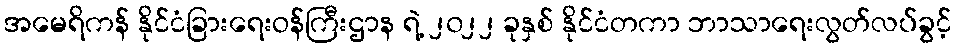
အမေရိကန် နိုင်ငံခြားရေးဝန်ကြီးဌာန ရဲ့ ၂၀၂၂ ခုနှစ် နိုင်ငံတကာ ဘာသာရေးလွတ်လပ်ခွင့်